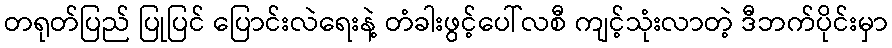
တရုတ်ပြည် ပြုပြင် ပြောင်းလဲရေးနဲ့ တံခါးဖွင့်ပေါ်လစီ ကျင့်သုံးလာတဲ့ ဒီဘက်ပိုင်းမှာ